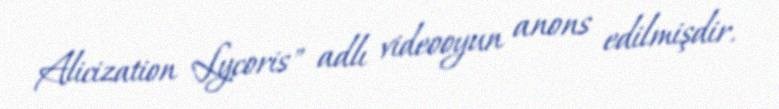
Alicization Lycoris" adlı videooyun anons edilmişdir.